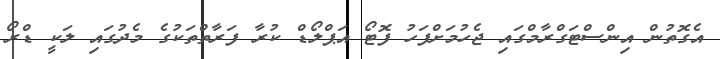
އެގޮތުން އިންސްޓަގްރާމްގައި ޖެހުމަށްފަހު ފޮޓޯ އަޕްލޯޑް ކުރާ ފަރާތްތަކުގެ މެދުގައި ލަކީ ޑްރޯ